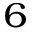
^ { 6 }